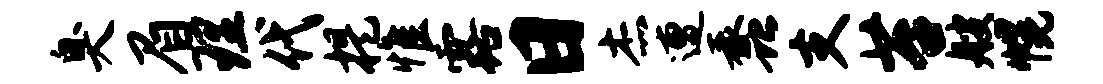
臭眉理代提惟露日杰遭蠡支苔艘幌